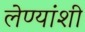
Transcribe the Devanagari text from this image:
लेण्यांशी